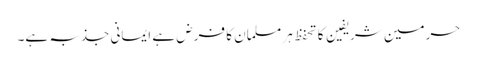
حرمین شریفین کا تحفظ ہر مسلمان کا فرض ہے ایمانی جذبہ ہے۔